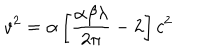
v ^ { 2 } = \alpha \left[ \frac { \alpha \beta \lambda } { 2 \pi } - 2 \right] c ^ { 2 }